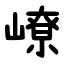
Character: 嶛